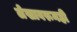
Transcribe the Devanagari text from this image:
लेखावरूनही